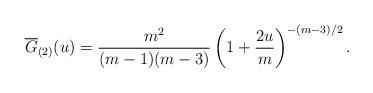
LaTeX: \begin{align*}\overline{G}_{(2)}(u)=\frac{m^{2}}{(m-1)(m-3)}\left(1+\frac{2u}{m}\right)^{-(m-3)/2}.\end{align*}